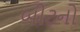
બીટનો